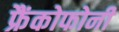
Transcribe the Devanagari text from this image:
फ्रैंकोफोनी